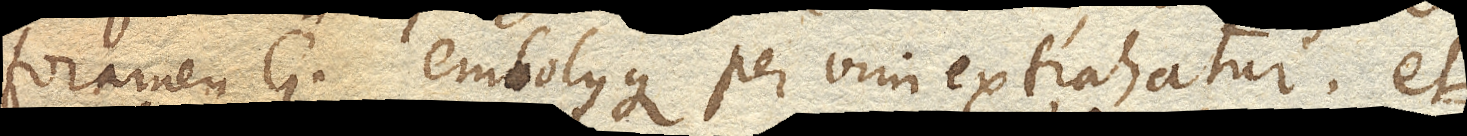
foramen G. embolusque per vim extrahatur, et